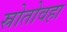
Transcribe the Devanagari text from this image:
स्रोतोवहा